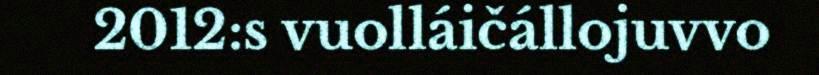
2012:s vuolláičállojuvvo